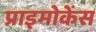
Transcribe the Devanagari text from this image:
प्राइमोकेंस